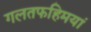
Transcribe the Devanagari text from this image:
गलतफहिमयां